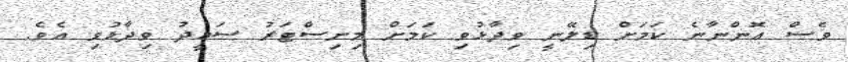
ވެސް އޮންނާނެ ކަމަށް ޑިލޭނީ ވިދާޅުވި ކަމަށް މިނިސްޓަރު ސައީދު ވިދާޅުވި އެވެ.